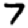
Digit: 7